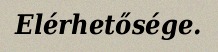
Elérhetősége.